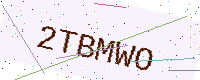
Text: 2TBMWO